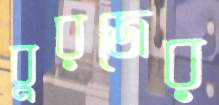
বুরজের